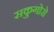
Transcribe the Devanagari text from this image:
सकुगोरो